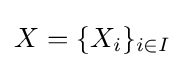
X=\{X_{i}\}_{i\in I}